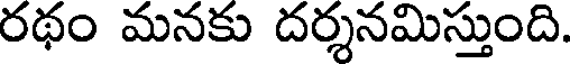
రథం మనకు దర్శనమిస్తుంది.